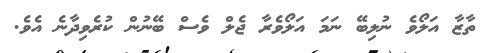
ތާޒާ އަލޯވެ ނުލިބޭ ނަމަ އަލޯވެރާ ޖެލް ވެސް ބޭނުން ކުރެވިދާނެ އެވެ.